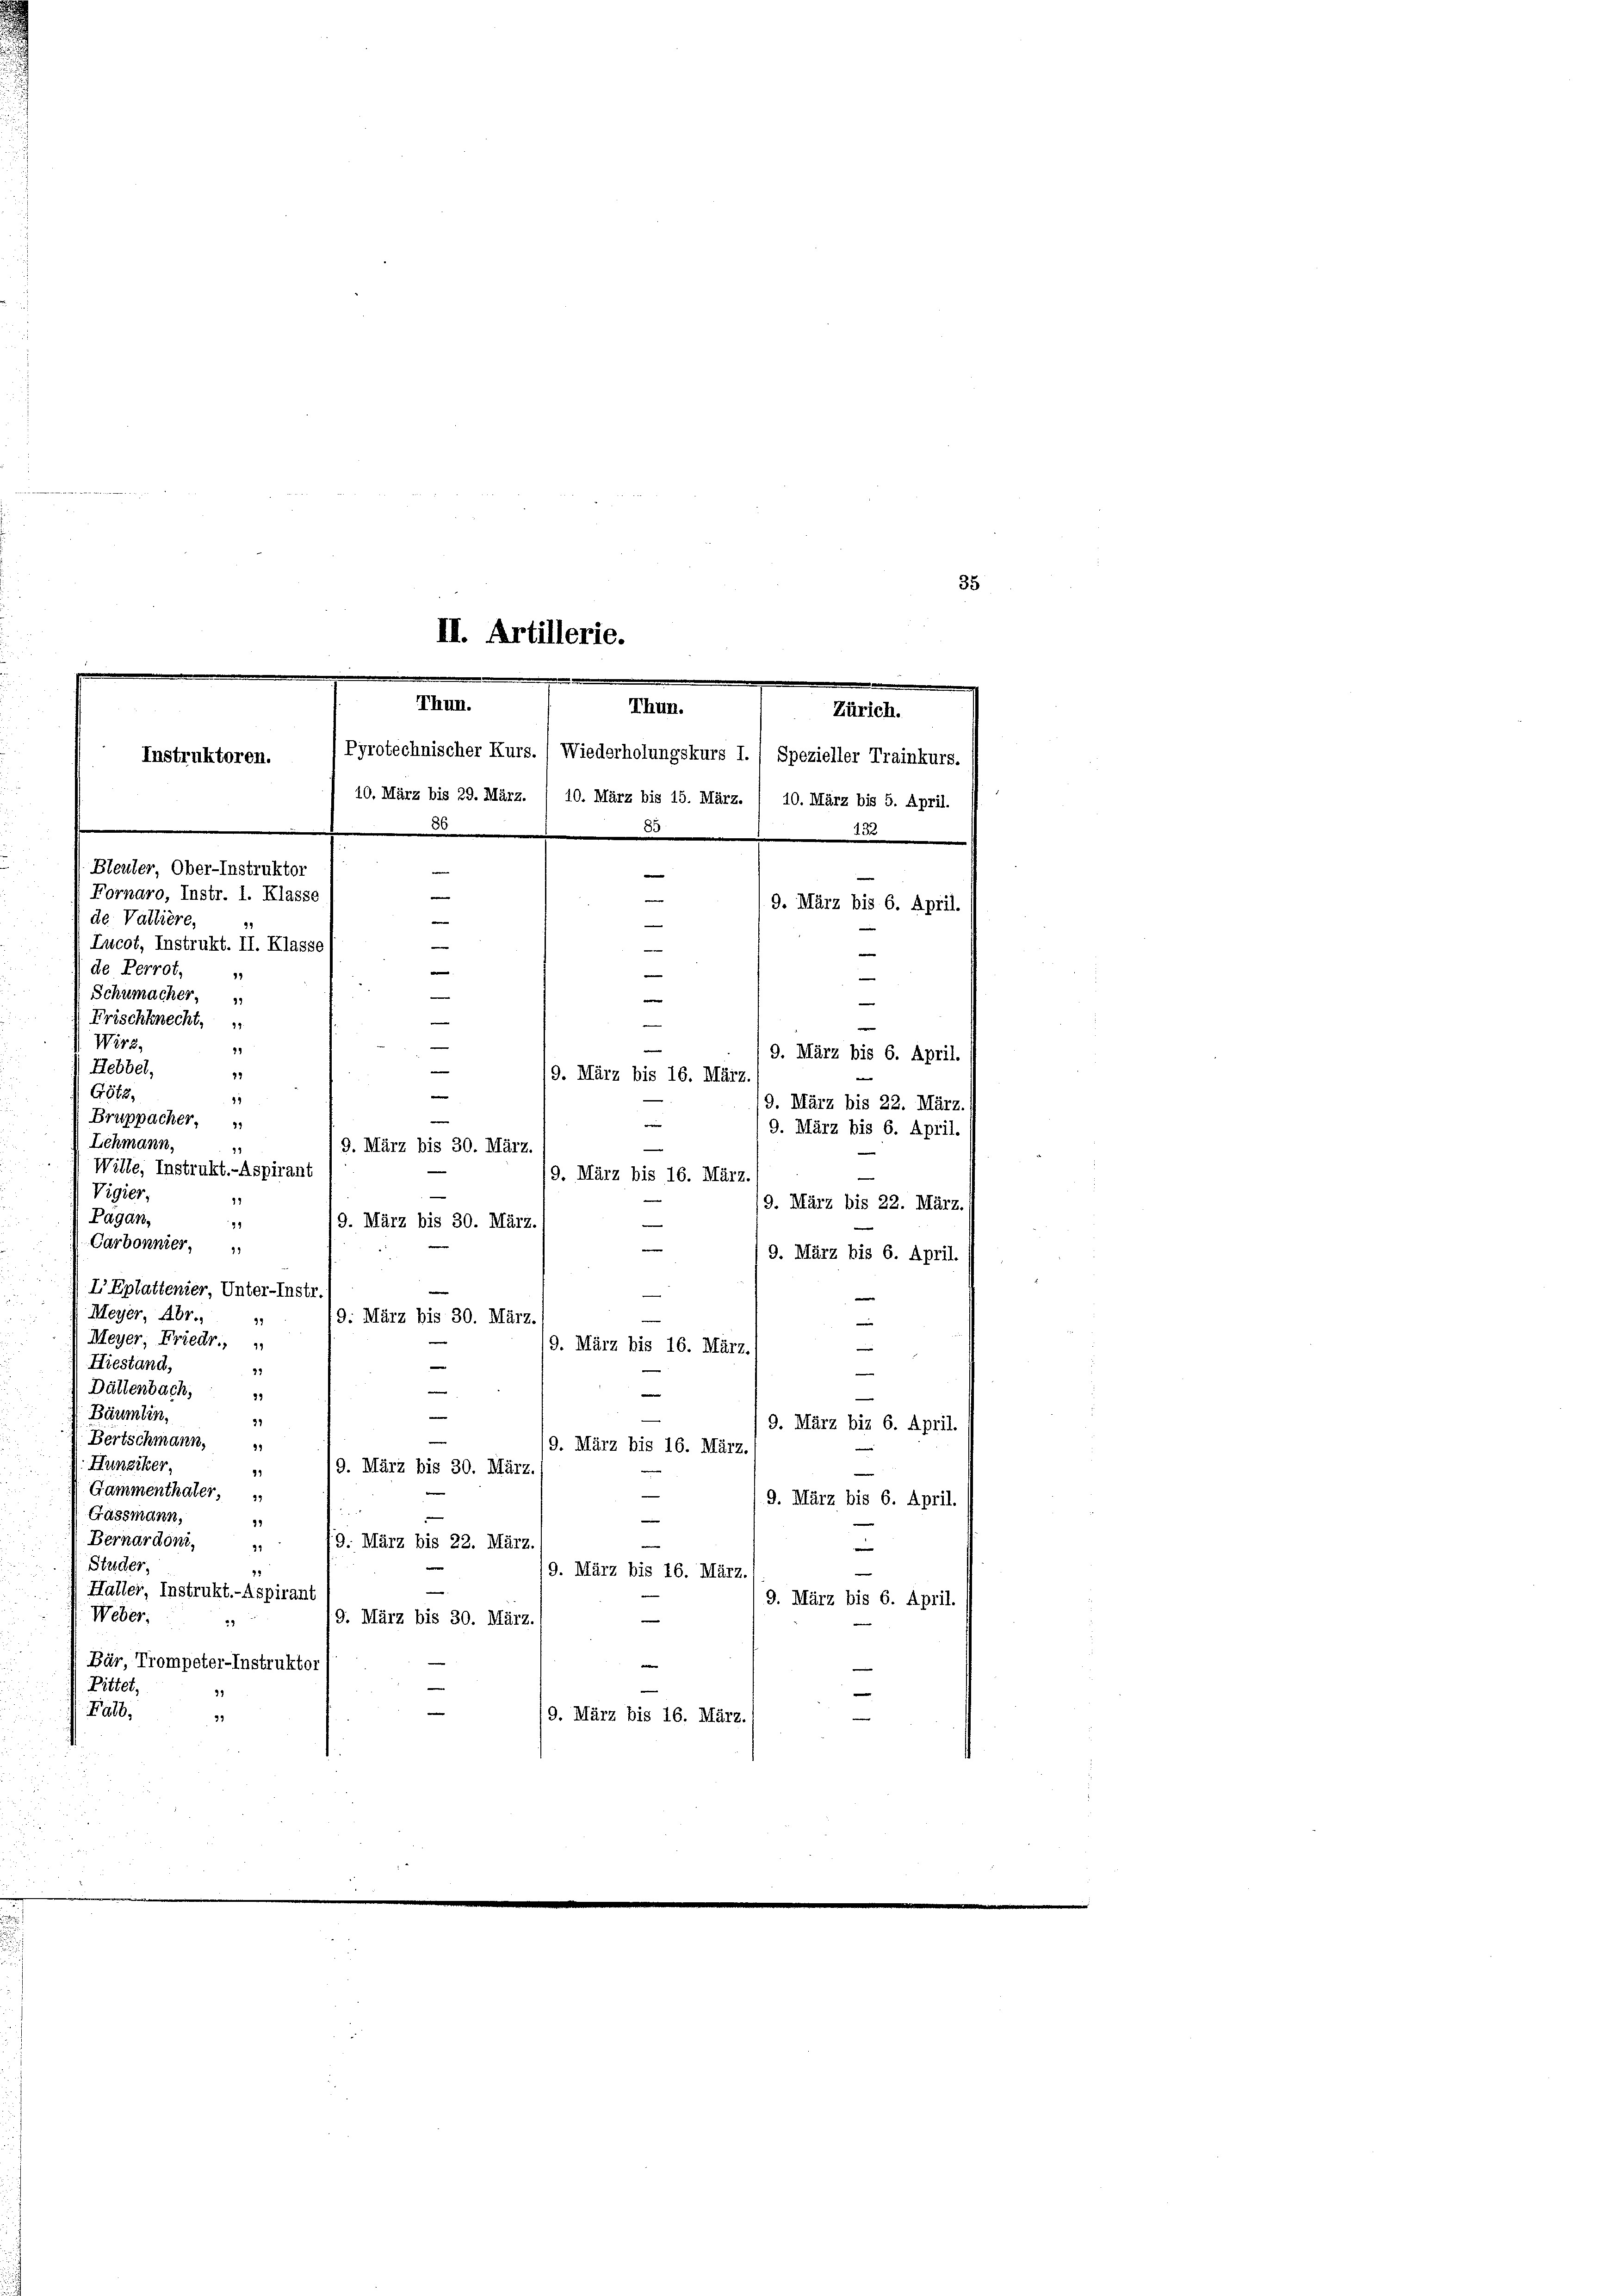
II. Artillerie.
.
Thun.
Thun.
Pyrotechnischer Kurs., Wiederholungskurs I. / Spezieller Trainkurs.
Instruktoren.

Wirz
Bruppacher,
w
9. März bis 6. April.
Lehmann,
—
19. März bis 30. März
17
Wille, Instrukt.-Aspirant
/9. März bis 16. März.
Vigier,
1
9. März bis 22. März.
Pagan,
99
19. März bis 30. März.
—
Carbonnier,
e
9. März bis 6. April.
I Eptattenier, Unter-Instr
e
e
Meyer, Abr.,
19. März bis 30. März.
|
Meyer, Friedr.,
e
19. März bis 16. März.
Hiestand,
33
e
Dättenbach,
n
e
99
Bäumlin,
|
31
9. März bis 6. April.
e
Bertschmann,
91
/9. März bis 16. März.
Hunziker,
9. März bis 30. März,
99
Gammenthaler,
9. März bis 6. April.
e
Gassmann,
e
99
Bernardoni,
19. März bis 22. März.
31
Studer,
15
9. März bis 16. März,
Haller, Instrukt.-Aspirant
9. März bis 6. April.
Weber,
e
9. März bis 30. März.
39
Bär, Trompeter-Instruktor
e
Littel,
e
39
Falb,
99
/9. März bis 16. März.
e

Zürich.
10. März bis 29. März. / 10. März bis 15. März. / 10. März bis 5. April.
60
e
et
Bleuler, Ober-Instruktor
Fornaro, Instr. I. Klasse

e
9. März bis 6. April.
e
de Vallière,
99
e
e
Lucot, Instrukt. II. Klasse
e
de Perrot,
n
17
e
Schumacher,
e
e
Frischknecht,
—
49
9. März bis 6. April.
—
Hebbel,
29
9. März bis 16. März.
m
Götz,
44
9. März bis 22. März.